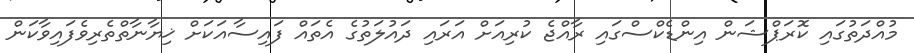
މުއްދަތުގައި ކޮރަޕްޝަން އިންޑެކްސްގައި ރާއްޖެ ކުރިއަށް އަރައި ދައުލަތުގެ އެތައް ފައިސާއަކަށް ޚިޔާނާތްތެރިވެފައިވާކަން